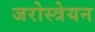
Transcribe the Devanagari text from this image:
जरोस्त्रेयन